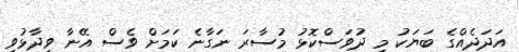
އަދަދެއްގެ ބަޔަކު މި ދުވަސްކޮޅު މުސާރަ ނަގާނެ ކަމަށް ވެސް އޭނާ ވިދާޅުވި